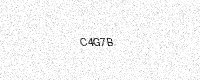
Text: C4G7B